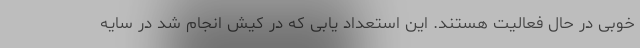
خوبی در حال فعالیت هستند. این استعداد یابی که در کیش انجام شد در سایه